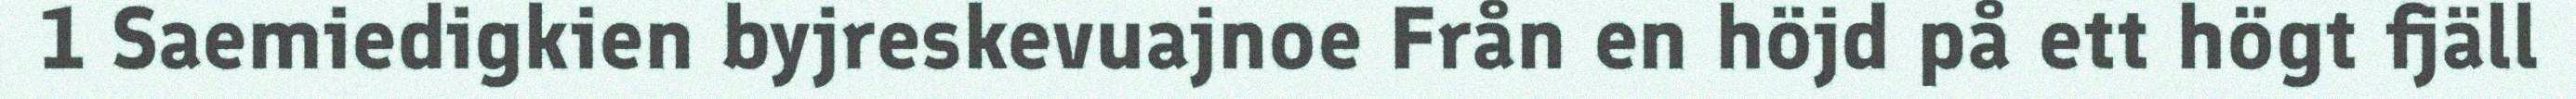
1 Saemiedigkien byjreskevuajnoe Från en höjd på ett högt fjäll